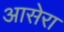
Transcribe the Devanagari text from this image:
आसेरा